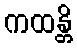
ကထန္တိ